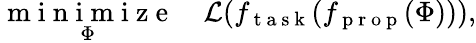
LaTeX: \underset{\Phi}{\mathrm{~m~i~n~i~m~i~z~e~}}\quad\mathcal{L}(f_{\mathrm{~t~a~s~k~}}(f_{\mathrm{~p~r~o~p~}}(\Phi))),